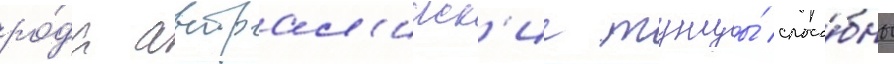
ро́да австрал'ииск'ие тунцы́ спосо́бны